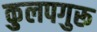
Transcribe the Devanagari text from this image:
कुलपगुरू